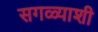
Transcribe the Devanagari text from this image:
सगळ्याशी